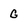
Character: G